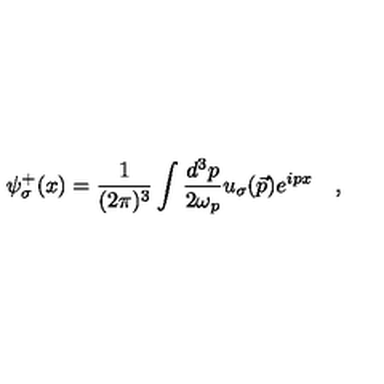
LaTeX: \psi _ { \sigma } ^ { + } ( x ) = \frac { 1 } { ( 2 \pi ) ^ { 3 } } \int \frac { d ^ { 3 } p } { 2 \omega _ { p } } u _ { \sigma } ( \vec { p } ) e ^ { i p x } \quad ,